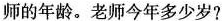
师的年龄。老师今年多少岁?